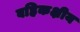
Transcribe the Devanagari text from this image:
बहिकक्षीय